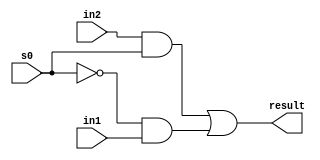
module mux2to1(in1, in2, s0, result);
	input in1, in2, s0;
	output result;
	wire w1,w2,w3;
	
	and(w1, in2, s0);
	not(w2, s0);
	and(w3, w2, in1);
	or(result, w1, w3);
	
endmodule